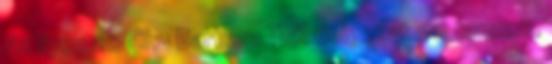
Az ilyen 20 Chu Barbara TDK dolgozat 20 tennem,